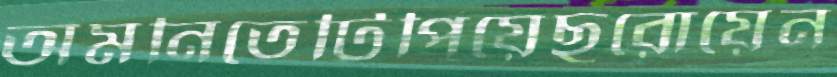
অমনিতেটিপিয়েছরোয়েন